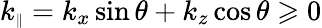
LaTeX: k_{\scriptscriptstyle\parallel}=k_{x}\sin\theta+k_{z}\cos\theta\geqslant 0